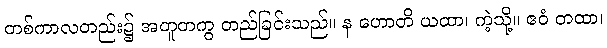
တစ်ကာလတည်း၌ အတူတကွ တည်ခြင်းသည်။ န ဟောတိ ယထာ၊ ကဲ့သို့။ ဧဝံ တထာ၊